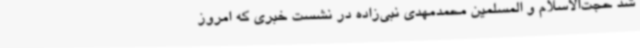
شد حجت‌الاسلام و المسلمین محمدمهدی نبی‌زاده در نشست خبری که امروز